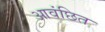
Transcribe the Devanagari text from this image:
आवंछित